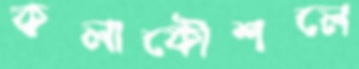
কলাকৌশলে